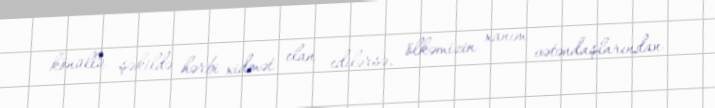
könüllü şəkildə hərbi xidmət elan edilərsə, ölkəmizin xanım vətəndaşlarından